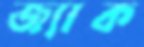
জ্যাক